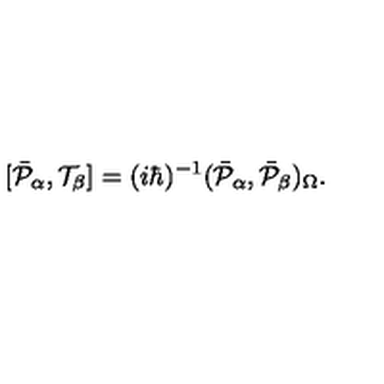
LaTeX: \lbrack \bar { { \cal P } } _ { \alpha } , { \cal T } _ { \beta } ] = ( i \hbar ) ^ { - 1 } ( \bar { { \cal P } } _ { \alpha } , \bar { { \cal P } } _ { \beta } ) _ { \Omega } .